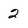
Character: 2